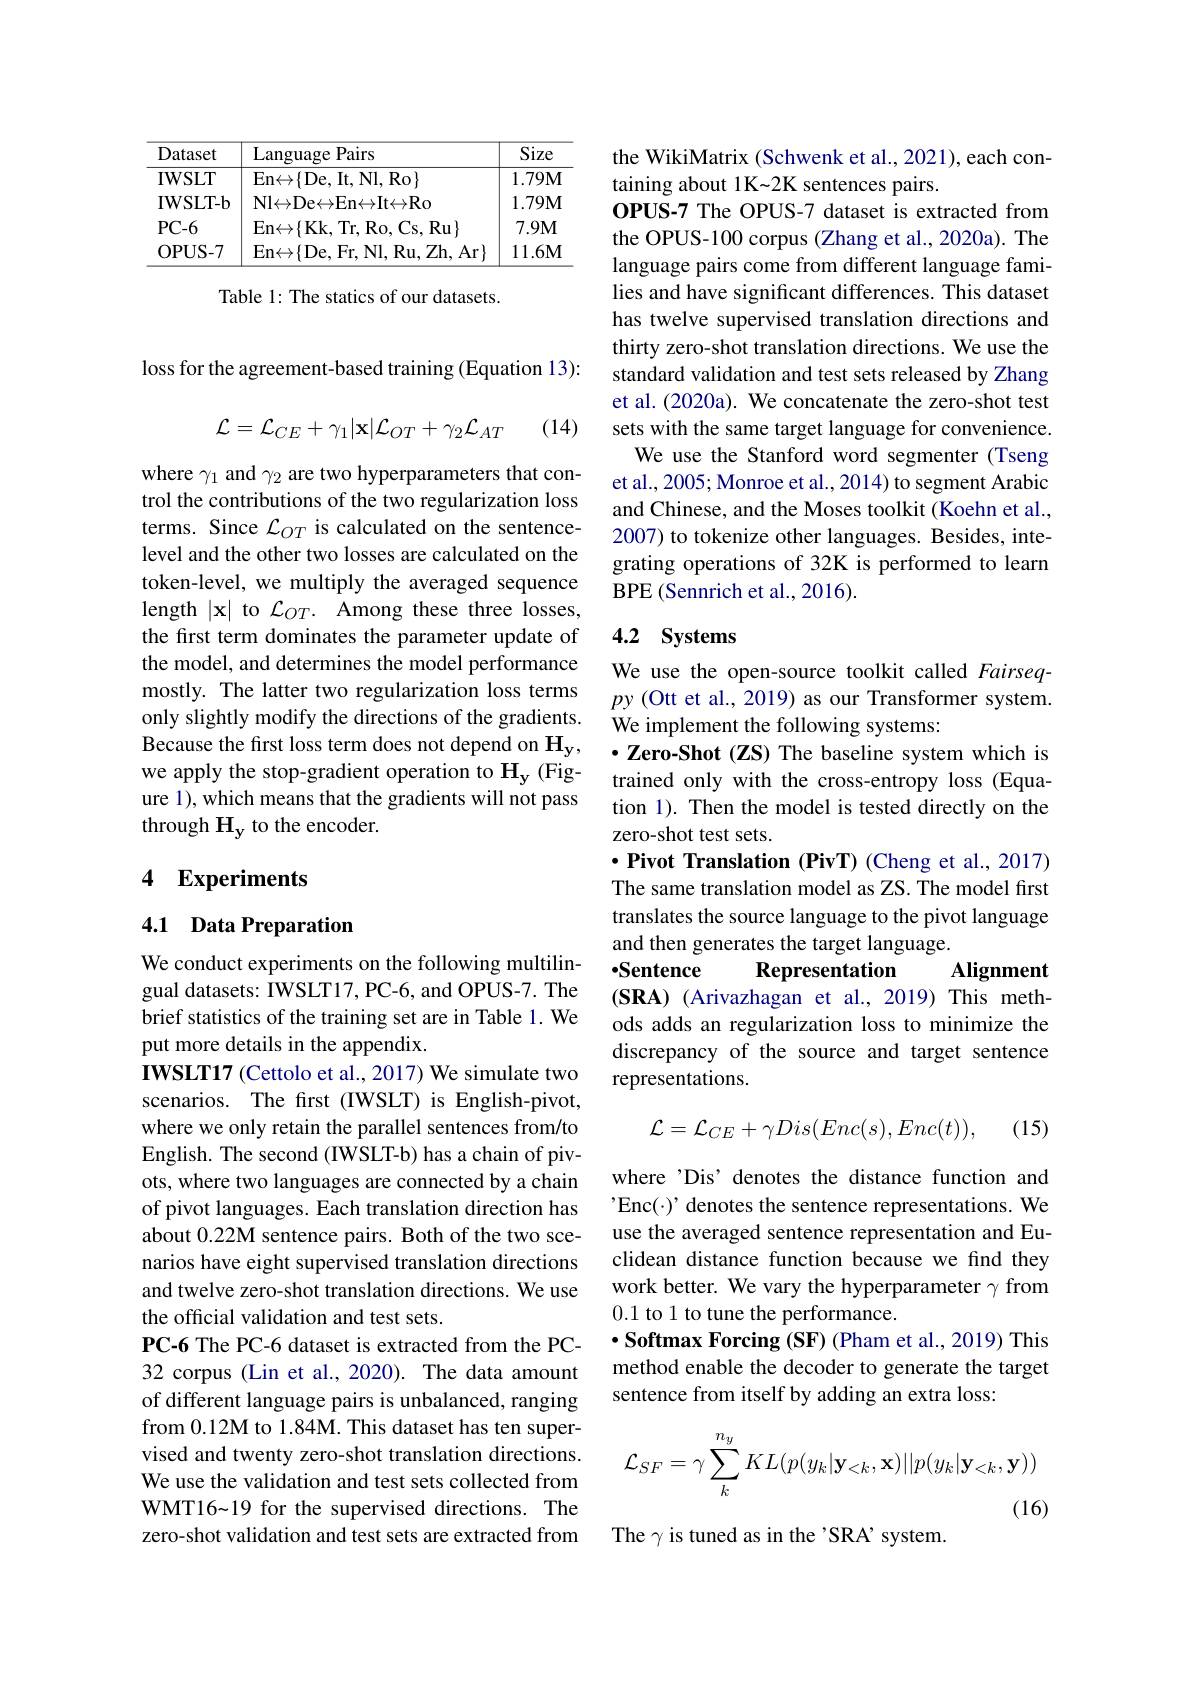
<table>
	<tbody>
		<tr>
			<th>Dataset</th>
			<th>Language Pairs</th>
			<th>Size</th>
		</tr>
		<tr>
			<td>IWSLT</td>
			<td>En$\leftrightarrow \{$De, It, Nl, Ro$\}$</td>
			<td>$1.79M$</td>
		</tr>
		<tr>
			<td>IWSLT- b</td>
			<td>${\mathsf{Nl}}{\leftrightarrow}{\mathsf{De}}{\leftrightarrow}{\mathsf{En}}{\leftrightarrow}{\mathsf{It}}{\leftrightarrow}{\mathsf{Ro}}$</td>
			<td>$1.79M$</td>
		</tr>
		<tr>
			<td>$PC-6$</td>
			<td>En$\leftrightarrow \{$Kk, Tr, Ro, Cs, Ru$\}$</td>
			<td>$7.9M$</td>
		</tr>
		<tr>
			<td>OPUS- 7</td>
			<td>En$\leftrightarrow \{$De, Fr, Nl, Ru, Zh, Ar$\}$</td>
			<td>$11.6M$</td>
		</tr>
	</tbody>
</table>

Table 1: The statics of our datasets.

loss for the agreement-based training (Equation 13):
(14)
$$\mathcal{L}=\mathcal{L}_{CE}+\gamma_{1}|\mathbf{x}|\mathcal{L}_{OT}+\gamma_{2}\mathcal{L}_{AT}$$
where $\gamma_1$ and $\gamma_2$ are two hyperparameters that control the contributions of the two regularization loss terms. Since $\mathcal{L}_OT$ is calculated on the sentencelevel and the other two losses are calculated on the token-level, we multiply the averaged sequence length $|\mathbf{x}|$ to $\mathcal{L}_OT.$ Among these three losses, the first term dominates the parameter update of the model, and determines the model performance mostly. The latter two regularization loss terms only slightly modify the directions of the gradients. Because the first loss term does not depend on $\mathbf{H_{y}}$, we apply the stop-gradient operation to $\mathbf{H_y}$ (Figure 1), which means that the gradients will not pass through $\mathbf{H}_{\mathbf{y}}$ to the encoder.

## 4 Experiments

## 4.1 Data Preparation

We conduct experiments on the following multilingual datasets: IWSLT17, PC-6, and OPUS-7. The brief statistics of the training set are in Table 1. We put more details in the appendix.
IWSLT17 (Cettolo et al., 2017) We simulate two scenarios. The first (IWSLT) is English-pivot, where we only retain the parallel sentences from/to English. The second (IWSLT-b) has a chain of pivots, where two languages are connected by a chain of pivot languages. Each translation direction has about 0.22M sentence pairs. Both of the two scenarios have eight supervised translation directions and twelve zero-shot translation directions. We use the official validation and test sets.
PC-6 The PC-6 dataset is extracted from the PC- 32 corpus (Lin et al., 2020). The data amount of different language pairs is unbalanced, ranging from 0.12M to 1.84M. This dataset has ten supervised and twenty zero-shot translation directions. We use the validation and test sets collected from WMT16~19 for the supervised directions. The zero-shot validation and test sets are extracted from

the WikiMatrix (Schwenk et al., 2021), each con-
taining about 1K~2K sentences pairs.
OPUS-7 The OPUS-7 dataset is extracted from the OPUS-100 corpus (Zhang et al., 2020a). The language pairs come from different language families and have significant differences. This dataset has twelve supervised translation directions and thirty zero-shot translation directions. We use the standard validation and test sets released by Zhang et al. (2020a). We concatenate the zero-shot test sets with the same target language for convenience. We use the Stanford word segmenter (Tseng
et al., 2005; Monroe et al., 2014) to segment Arabic and Chinese, and the Moses toolkit (Koehn et al., 2007) to tokenize other languages. Besides, integrating operations of 32K is performed to learn BPE (Sennrich et al., 2016).

## 4.2 Systems

We use the open-source toolkit called Fairseqpy (Ott et al., 2019) as our Transformer system. We implement the following systems:
$\cdot$ Zero-Shot (ZS) The baseline system which is trained only with the cross-entropy loss (Equation 1). Then the model is tested directly on the zero-shot test sets.
·Pivot Translation (PivT) (Cheng et al., 2017) The same translation model as ZS. The model first translates the source language to the pivot language and then generates the target language.
Alignment
$•$Sentence
Representation
(SRA) (Arivazhagan et al., 2019) This methods adds an regularization loss to minimize the discrepancy of the source and target sentence representations.

(15)
$$\mathcal{L}=\mathcal{L}_{CE}+\gamma Dis(Enc(s),Enc(t)),$$
where’Dis’ denotes the distance function and $'Enc(\cdot)' denotes the sentence representations. We$ use the averaged sentence representation and Euclidean distance function because we find they work better. We vary the hyperparameter $\gamma$ from 0.1 to 1 to tune the performance.
$\cdot$ Softmax Forcing (SF) (Pham et al., 2019) This method enable the decoder to generate the target sentence from itself by adding an extra loss:
$$\mathcal{L}_{SF}=\gamma\sum_{k}^{n_{y}}KL(p(y_{k}|\mathbf{y}_{<k},\mathbf{x})||p(y_{k}|\mathbf{y}_{<k},\mathbf{y}))$$
The $\gamma$ is tuned as in the'SRA’system.